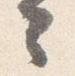
々